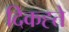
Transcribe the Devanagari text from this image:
दिकह्ते